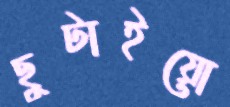
ছুটাইয়ো